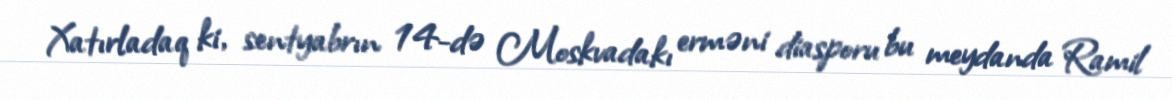
Xatırladaq ki, sentyabrın 14-də Moskvadakı erməni diasporu bu meydanda Ramil